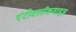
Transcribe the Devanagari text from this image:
एंटीक्लॉकवाइज़